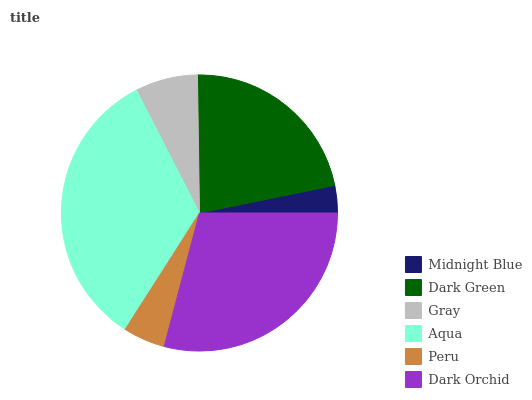
| Midnight Blue | Dark Green | Gray | Aqua | Peru | Dark Orchid |
 | --- | --- | --- | --- | --- | --- |
 | 3.2% | 22% | 7.32% | 33.4% | 4.94% | 29.1% |